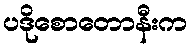
ပဒိုစောတောနီးက